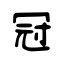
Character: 冠